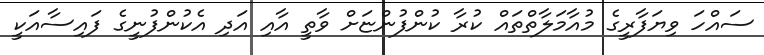
ސައްހަ ވިޔަފާރީގެ މުއާމަލާތްތައް ކުރާ ކުންފުންޏަށް ވާތީ އާއި އަދި އެކުންފުނީގެ ފައިސާއަކީ